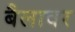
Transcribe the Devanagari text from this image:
बैलावर